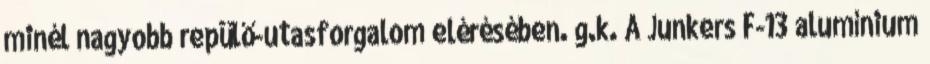
minél nagyobb repülő-utasforgalom elérésében. g.k. A Junkers F-13 alumínium